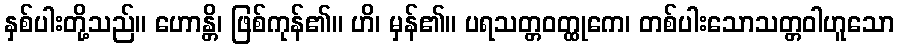
နှစ်ပါးတို့သည်။ ဟောန္တိ၊ ဖြစ်ကုန်၏။ ဟိ၊ မှန်၏။ ပရသတ္တဝတ္ထုကေ၊ တစ်ပါးသောသတ္တဝါဟူသော